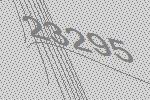
23295